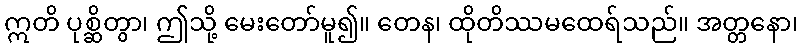
ဣတိ ပုစ္ဆိတွာ၊ ဤသို့ မေးတော်မူ၍။ တေန၊ ထိုတိဿမထေရ်သည်။ အတ္တနော၊